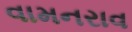
વામનરાવ